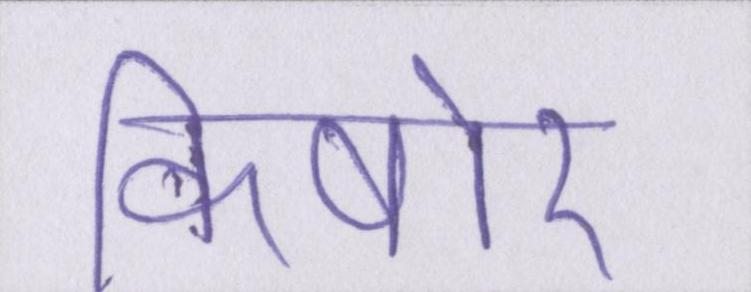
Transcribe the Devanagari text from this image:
किषोर